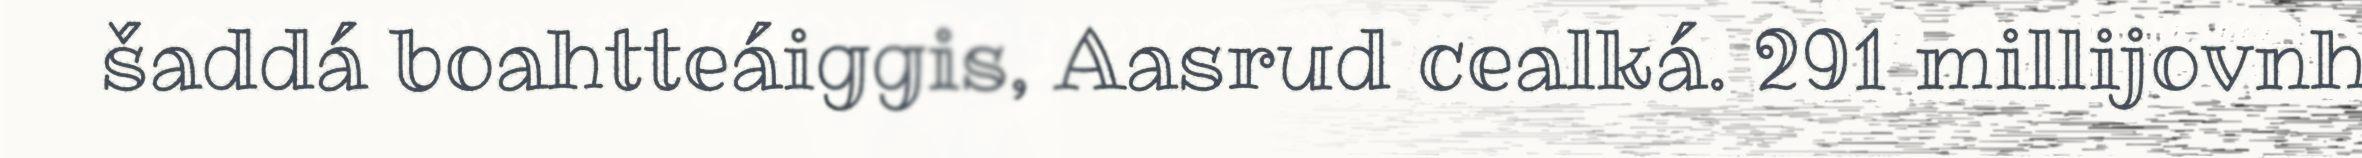
šaddá boahtteáiggis, Aasrud cealká. 291 millijovnh